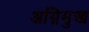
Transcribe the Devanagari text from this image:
अग्निमुख